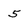
Character: 5